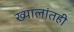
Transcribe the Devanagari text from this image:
ख्यालांतही